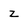
Character: z